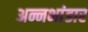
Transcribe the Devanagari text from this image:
अन्नभांडार